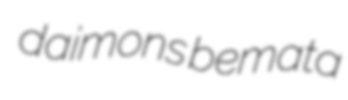
daimons bemata